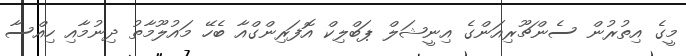
މީގެ އިތުރުން ސެންޗޫރިއަންގެ އިނީޝަލް ޕަބްލިކް އޮފަރިންގްއާ ބެހޭ މައުލޫމާތު ދިނުމާއި ހިއްސާ